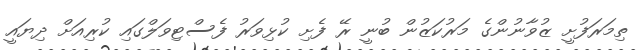
ތިމަރަފުށީ ޒުވާނުންގެ މަރުކަޒުން ބުނީ ރޭ ފެށި ކުޅިވަރު ފެސްޓިވަލްގައި ކުރިއަށް ދިޔައީ